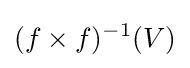
(f\times f)^{-1}(V)